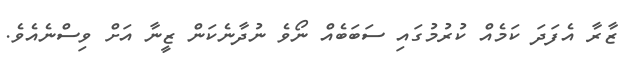
ޒާރާ އެފަދަ ކަމެއް ކުރުމުގައި ސަބަބެއް ނޯވެ ނުދާނެކަން ޒީނާ އަށް ވިސްނެއެވެ.